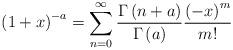
LaTeX: \begin{align*}{\left( {1 + x} \right)^{ - a}} = \sum\limits_{n = 0}^\infty {\frac{{\Gamma \left( {n + a} \right)}}{{\Gamma \left( a \right)}}} \frac{{{{\left( { - x} \right)}^m}}}{{m!}} \end{align*}